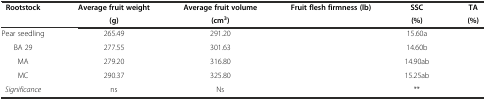
<table><thead><tr><td><b>Rootstock</b></td><td><b>Average fruit weight</b></td><td><b>Average fruit volume</b></td><td><b>Fruit flesh firmness (lb)</b></td><td><b>SSC</b></td><td><b>TA</b></td></tr><tr><td>[EMPTY_CELL]</td><td><b>(g)</b></td><td><b>(cm<sup>3</sup>)</b></td><td>[EMPTY_CELL]</td><td><b>(%)</b></td><td><b>(%)</b></td></tr></thead><tbody><tr><td>Pear seedling</td><td>265.49</td><td>291.20</td><td>[EMPTY_CELL]</td><td>15.60a</td><td>[EMPTY_CELL]</td></tr><tr><td>BA 29</td><td>277.55</td><td>301.63</td><td>[EMPTY_CELL]</td><td>14.60b</td><td>[EMPTY_CELL]</td></tr><tr><td>MA</td><td>279.20</td><td>316.80</td><td>[EMPTY_CELL]</td><td>14.90ab</td><td>[EMPTY_CELL]</td></tr><tr><td>MC</td><td>290.37</td><td>325.80</td><td>[EMPTY_CELL]</td><td>15.25ab</td><td>[EMPTY_CELL]</td></tr><tr><td><i>Significance</i></td><td>ns</td><td>Ns</td><td>[EMPTY_CELL]</td><td>**</td><td>[EMPTY_CELL]</td></tr></tbody></table>